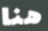
هنا